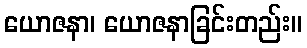
ယောဇနာ၊ ယောဇနာခြင်းတည်း။